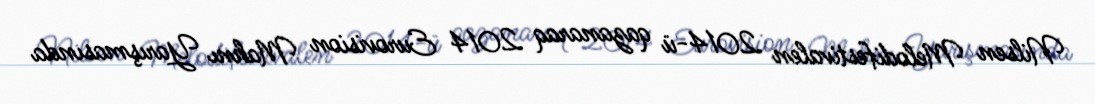
Nilsen Melodifestivalen 2014-ü qazanaraq 2014 Eurovision Mahnı Yarışmasında